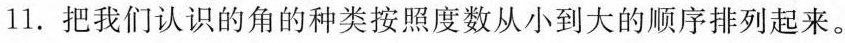
11.把我们认识的角的种类按照度数从小到大的顺序排列起来。